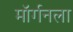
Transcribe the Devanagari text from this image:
मॉर्गनला